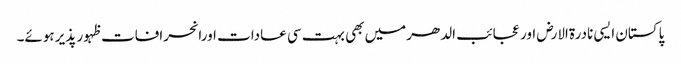
پاکستان ایسی نادرۃالارض اور عجائب الدھرمیں بھی بہت سی عادات اورانحرافات ظہور پذیر ہوئے۔